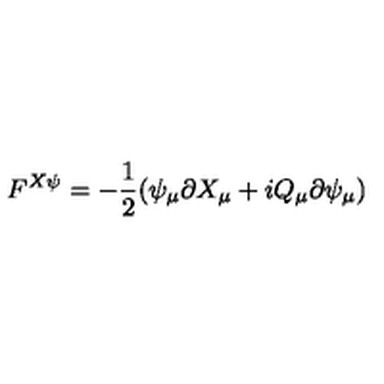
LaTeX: F ^ { X \psi } = - \frac { 1 } { 2 } ( \psi _ { \mu } \partial X _ { \mu } + i Q _ { \mu } \partial \psi _ { \mu } )